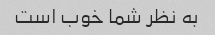
به نظر شما خوب است